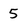
Character: 5